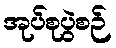
အုပ်စုပွဲစဉ်